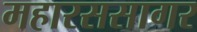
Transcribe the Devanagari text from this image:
महारससागर